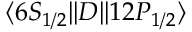
\ensuremath { \langle 6 S _ { 1 / 2 } | | } D \ensuremath { | | 1 2 P _ { 1 / 2 } \rangle }